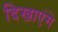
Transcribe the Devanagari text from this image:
दिखाएंगे